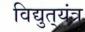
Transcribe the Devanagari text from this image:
विद्युत्‌यंत्र